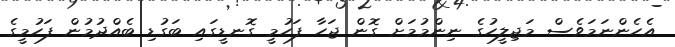
އެހެންނަމަވެސް މަޖިލީހުގެ ނިންމުމަށް ގޮން ޖަހާ ފަހުމީ ގޮނޑީގައި ބަގުޑި ބެއްދުމުން ފަހުމީގެ